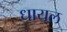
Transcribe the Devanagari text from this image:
धायल